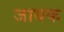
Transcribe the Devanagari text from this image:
जायक